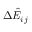
\Delta \hat { E } _ { i j }